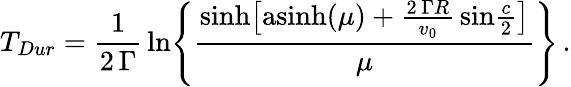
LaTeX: T_{Dur}={\frac{1}{2\, \Gamma}}\, \mathrm{ln}\Bigg\{ {\frac{\mathrm{sinh}\big[\mathrm{asinh}(\mu)+{\frac{2\, \Gamma R}{v_{0}}}\, \mathrm{sin}{\frac{c}{2}}\big]}{\mu}}\Bigg\} \, .